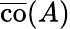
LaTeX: {\overline{{\operatorname{co}}}}(A)